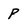
Character: P